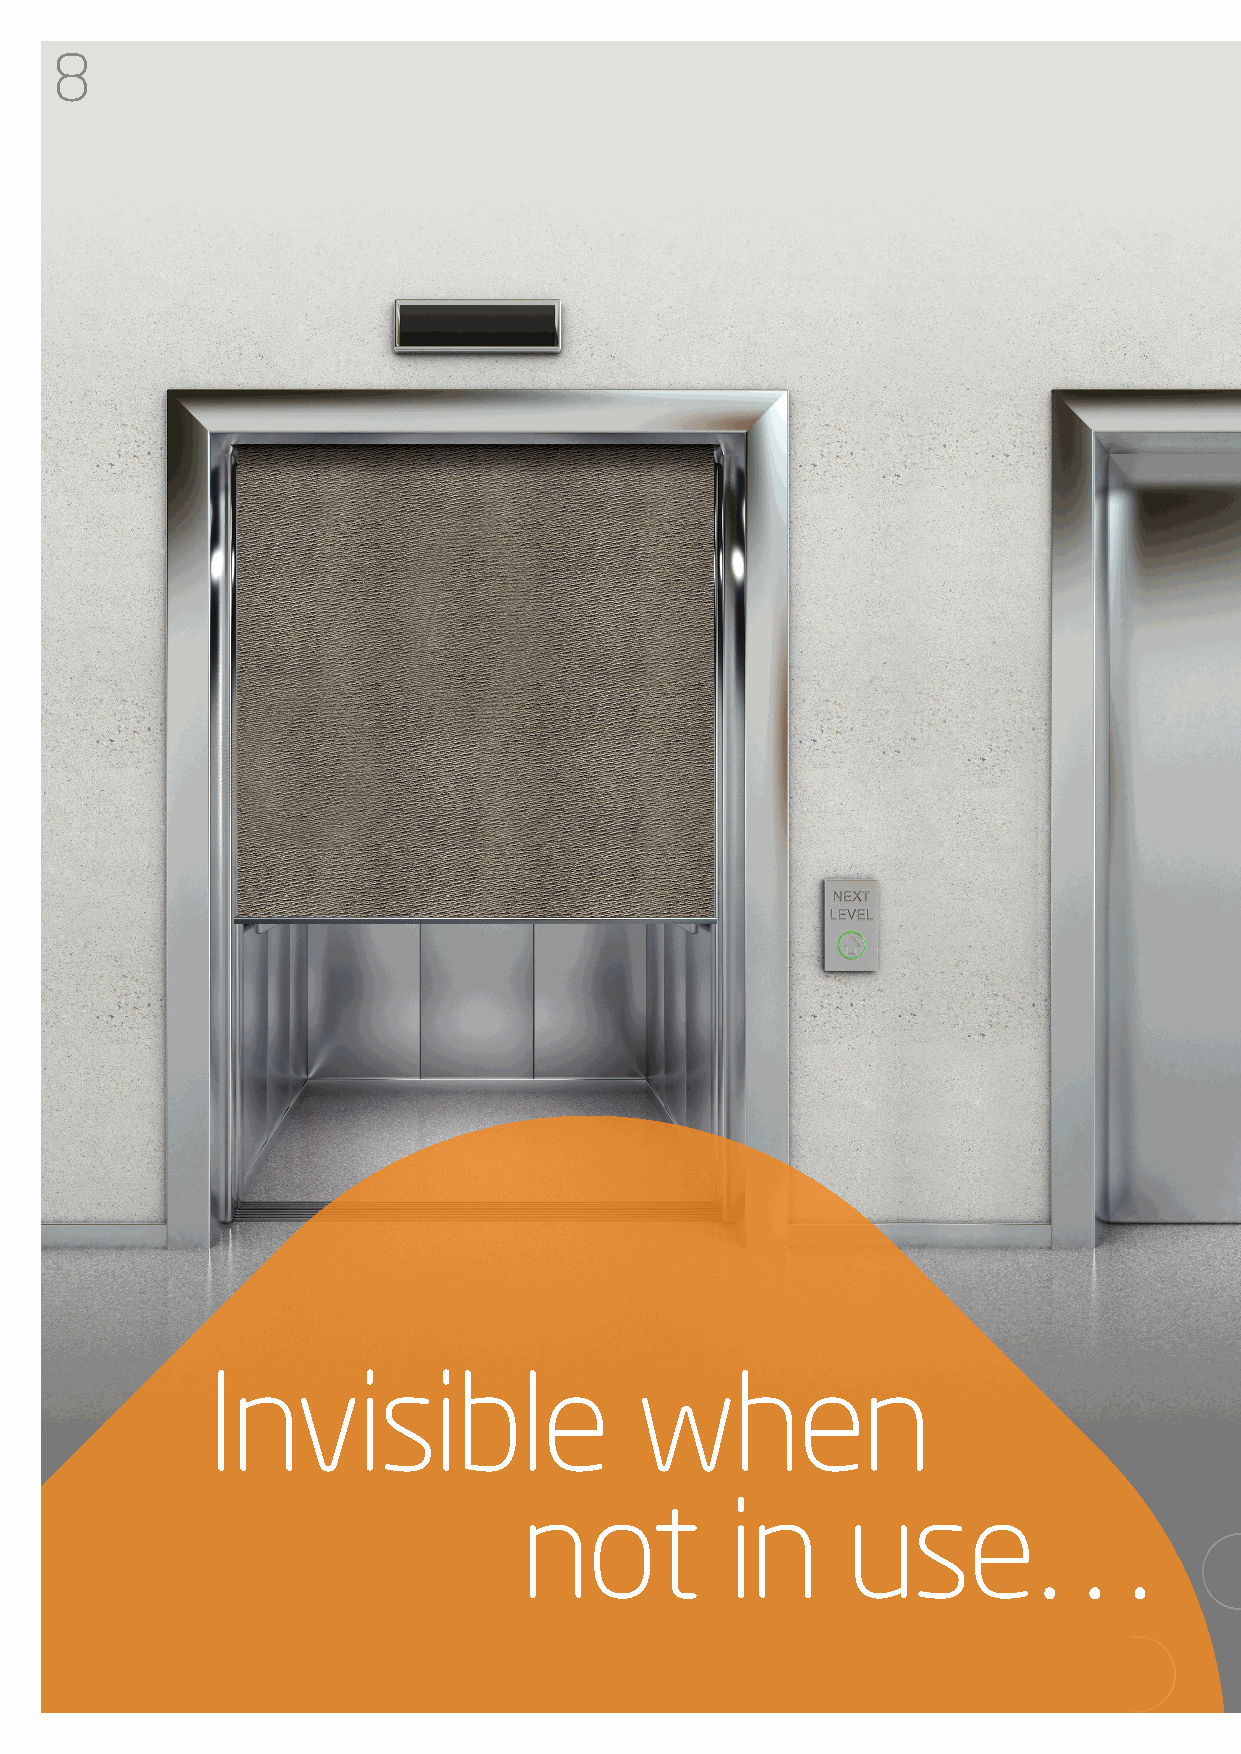
8
 Invisible                   when
 not           in      use
 …